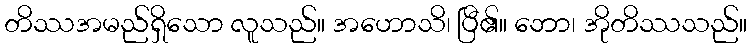
တိဿအမည်ရှိသော လူသည်။ အဟောသိ၊ ပြီ၏။ ဘော၊ အိုတိဿသည်။